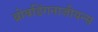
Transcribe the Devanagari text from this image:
ब्रोबडिंगनाजीयन्स